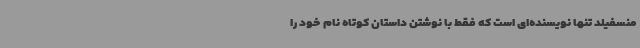
منسفیلد تنها نویسنده‌ای است که فقط با نوشتن داستان کوتاه نام خود را